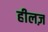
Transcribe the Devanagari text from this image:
हीलज़